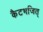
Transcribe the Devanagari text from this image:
कैटभजित्